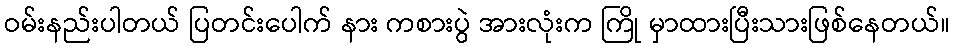
ဝမ်းနည်းပါတယ် ပြတင်းပေါက် နား ကစားပွဲ အားလုံးက ကြို မှာထားပြီးသားဖြစ်နေတယ်။